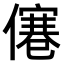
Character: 𠎾